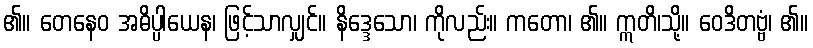
၏။ တေနေဝ အဓိပ္ပါယေန၊ ဖြင့်သာလျှင်။ နိဒ္ဒေသော၊ ကိုလည်း။ ကတော၊ ၏။ ဣတိ၊သို့။ ဝေဒိတဗ္ဗံ၊ ၏။